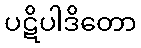
ပဋိပါဒိတော